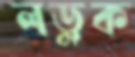
লড়ুক